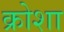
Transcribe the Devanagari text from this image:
क्रोशा